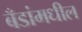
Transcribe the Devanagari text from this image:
बँडांमधील